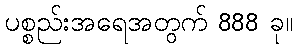
ပစ္စည်းအရေအတွက် 888 ခု။